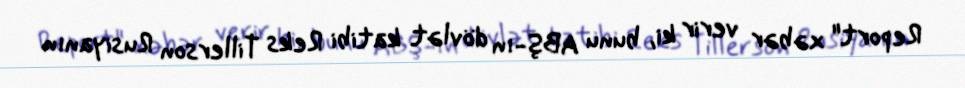
Report" xəbər verir ki, bunu ABŞ-ın dövlət katibi Reks Tillerson Rusiyanın